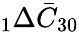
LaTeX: \phantom{}_{1}\Delta\bar{C}_{30}